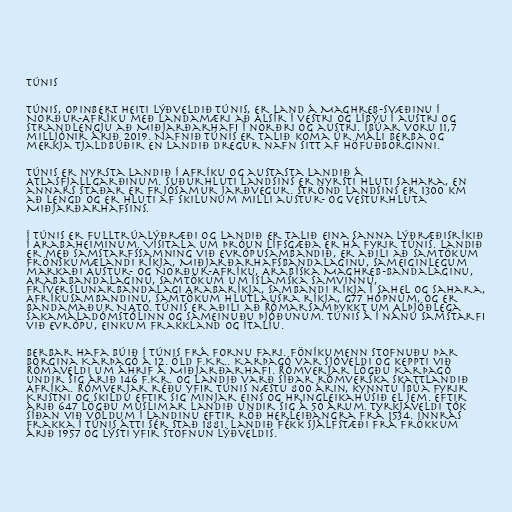
Túnis

Túnis, opinbert heiti Lýðveldið Túnis, er land á Maghreb-svæðinu í
Norður-Afríku með landamæri að Alsír í vestri og Líbýu í austri og
strandlengju að Miðjarðarhafi í norðri og austri. Íbúar voru 11,7
milljónir árið 2019. Nafnið Túnis er talið koma úr máli Berba og
merkja tjaldbúðir en landið dregur nafn sitt af höfuðborginni.

Túnis er nyrsta landið í Afríku og austasta landið á
Atlasfjallgarðinum. Suðurhluti landsins er nyrsti hluti Sahara, en
annars staðar er frjósamur jarðvegur. Strönd landsins er 1300 km
að lengd og er hluti af skilunum milli austur- og vesturhluta
Miðjarðarhafsins.

Í Túnis er fulltrúalýðræði og landið er talið eina sanna lýðræðisríkið
í Arabaheiminum. Vísitala um þróun lífsgæða er há fyrir Túnis. Landið
er með samstarfssamning við Evrópusambandið, er aðili að Samtökum
frönskumælandi ríkja, Miðjarðarhafsbandalaginu, sameiginlegum
markaði Austur- og Norður-Afríku, Arabíska Maghreb-bandalaginu,
Arababandalaginu, Samtökum um íslamska samvinnu,
Fríverslunarbandalagi Arabaríkja, Sambandi ríkja í Sahel og Sahara,
Afríkusambandinu, Samtökum hlutlausra ríkja, G77 hópnum, og er
bandamaður NATO. Túnis er aðili að Rómarsamþykkt um Alþjóðlega
sakamáladómstólinn og Sameinuðu þjóðunum. Túnis á í nánu samstarfi
við Evrópu, einkum Frakkland og Ítalíu.

Berbar hafa búið í Túnis frá fornu fari. Föníkumenn stofnuðu þar
borgina Karþagó á 12. öld f.Kr.. Karþagó var sjóveldi og keppti við
Rómaveldi um áhrif á Miðjarðarhafi. Rómverjar lögðu Karþagó
undir sig árið 146 f.Kr. og landið varð síðar rómverska skattlandið
Afríka. Rómverjar réðu yfir Túnis næstu 800 árin, kynntu íbúa fyrir
Kristni og skildu eftir sig minjar eins og hringleikahúsið El Jem. Eftir
árið 647 lögðu múslimar landið undir sig á 50 árum. Tyrkjaveldi tók
síðan við völdum í landinu eftir röð herleiðangra frá 1534. Innrás
Frakka í Túnis átti sér stað 1881. Landið fékk sjálfstæði frá Frökkum
árið 1957 og lýsti yfir stofnun lýðveldis.